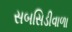
સબસિડીવાળા